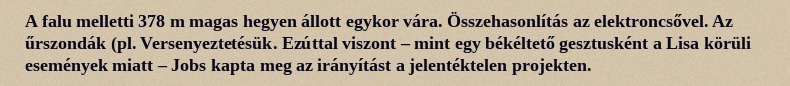
A falu melletti 378 m magas hegyen állott egykor vára. Összehasonlítás az elektroncsővel. Az űrszondák (pl. Versenyeztetésük. Ezúttal viszont – mint egy békéltető gesztusként a Lisa körüli események miatt – Jobs kapta meg az irányítást a jelentéktelen projekten.